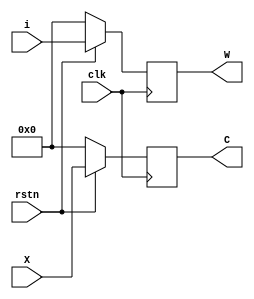
module Q_a(output reg[15:0]C,
           output reg[15:0]W,
		   input clk, rstn,
           input [15:0] i,
           input [15:0] X
           );

always @(posedge clk) 
       begin
	    if (!rstn) 
		begin
	      C <= 0;
          W <= 0;
	    end 
		else 
		begin
	    	C <= X;
			W <= i;            
	    end
	  end
endmodule